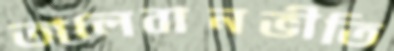
তালেবানভীতি